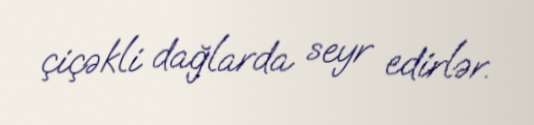
çiçəkli dağlarda seyr edirlər.